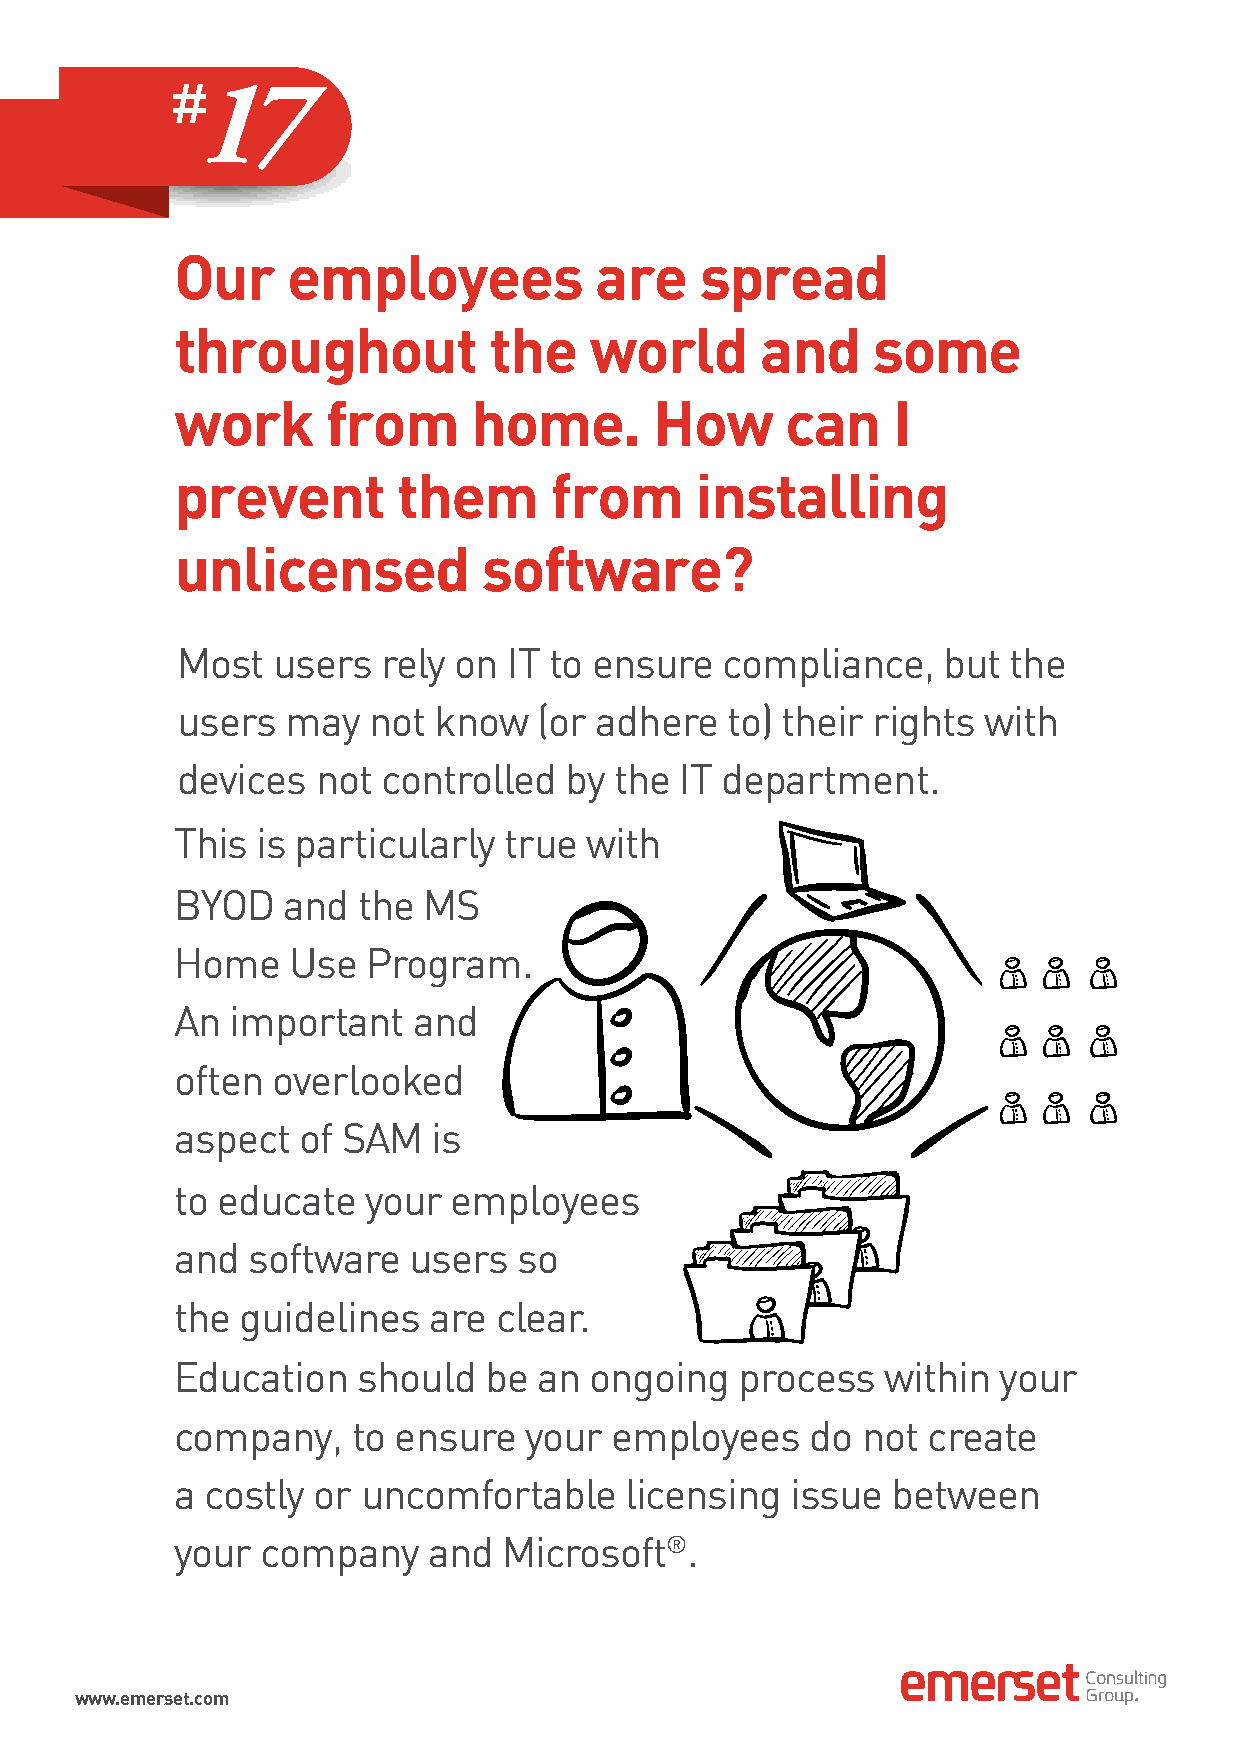
17
 Our    employees           are    spread
 throughout          the    world      and     some
 work      from     home.       How      can    I
 prevent       them      from      installing
 unlicensed          software?
 Most  users  rely on  IT to ensure  compliance,   but  the
 users  may  not  know   (or adhere  to) their rights with
 devices  not controlled  by  the IT department.
 This is particularly true  with
 BYOD   and  the MS
 Home   Use  Program.
 An important   and
 often overlooked
 aspect  of SAM   is
 to educate  your  employees
 and software   users  so
 the guidelines  are  clear.
 Education   should  be  an ongoing   process   within your
 company,   to ensure   your employees     do not create
 a costly or uncomfortable    licensing  issue  between
 your company    and  Microsoft®.
 www.emerset.com